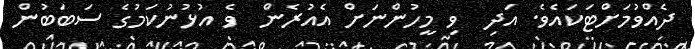
ދެއްވުމަށްޓަކައެވެ. އަދި  ވި މީހުންނަށް އެއުރެން  ވެ އުޅުނުކަމުގެ ސަބަބުން